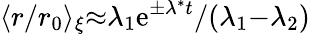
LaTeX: {\langle}r/r_{0}{\rangle}_{\xi}{\approx}{\lambda_{1}}\mathrm{e}^{\pm\lambda^{*}t}/({\lambda_{1}{-}\lambda_{2}})